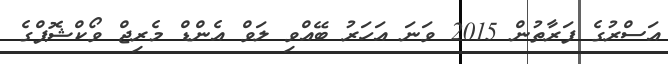
އަސްރުގެ ފަރާތުން 2015 ވަނަ އަހަރު ބޭއްވި ލަވް އެންޑް މެރިޖް ވޯކްޝޮޕްގެ